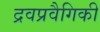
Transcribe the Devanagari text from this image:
द्रवप्रवैगिकी